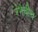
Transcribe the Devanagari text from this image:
रंभेचीच